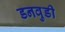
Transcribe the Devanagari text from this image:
डनवुडी